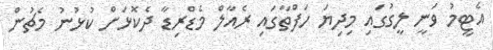
އެޓީމު ވަނީ ލީގުގައި މިދިޔަ ހަފްތާގައި ރެއާލް މެޑްރިޑާ ދެކޮޅަށް ކުޅުނު މެޗުން